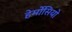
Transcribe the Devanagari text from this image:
हेर्मोसियो